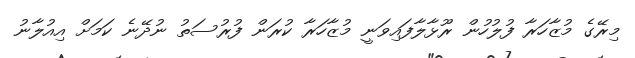
މިރޭގެ މުޒާހަރާ ފުލުހުން ރޫޅާލާފައިވަނީ މުޒާހަރާ ކުރަން ފުރުސަތު ނުދޭނެ ކަމަށް އިއުލާނު